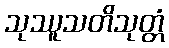
သုဿူသတိသုတ္တံ